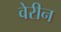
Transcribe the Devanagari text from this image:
वेरीन